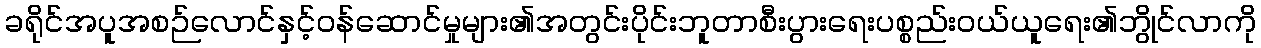
ခရိုင်အပူအစဉ်လောင်နှင့်ဝန်ဆောင်မှုများ၏အတွင်းပိုင်းဘူတာစီးပွားရေးပစ္စည်းဝယ်ယူရေး၏ဘွိုင်လာကို